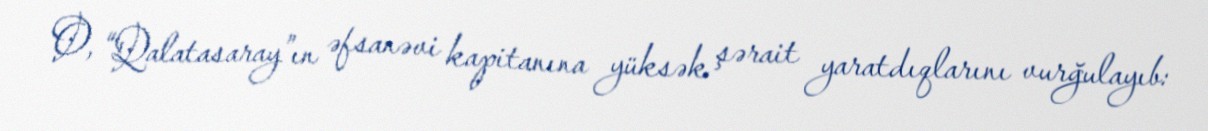
O, “Qalatasaray”ın əfsanəvi kapitanına yüksək şərait yaratdıqlarını vurğulayıb: